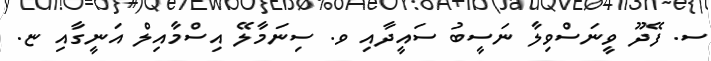
ސ. ފޭދޫ ވީނަސްވިލާ ނަސީބު ސައީދާއި ވ. ސިނަމާލޭ އިސްމާއިލް އަނީގާއި ޏ.